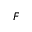
F